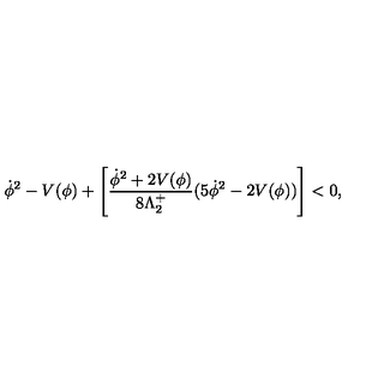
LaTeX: \dot { \phi } ^ { 2 } - V ( \phi ) + \left[ \frac { \dot { \phi } ^ { 2 } + 2 V ( \phi ) } { 8 \Lambda _ { 2 } ^ { + } } ( 5 \dot { \phi } ^ { 2 } - 2 V ( \phi ) ) \right] < 0 ,